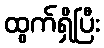
ထွက်ရှိပြီး